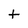
Character: t